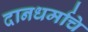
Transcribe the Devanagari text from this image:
दानधर्माचे